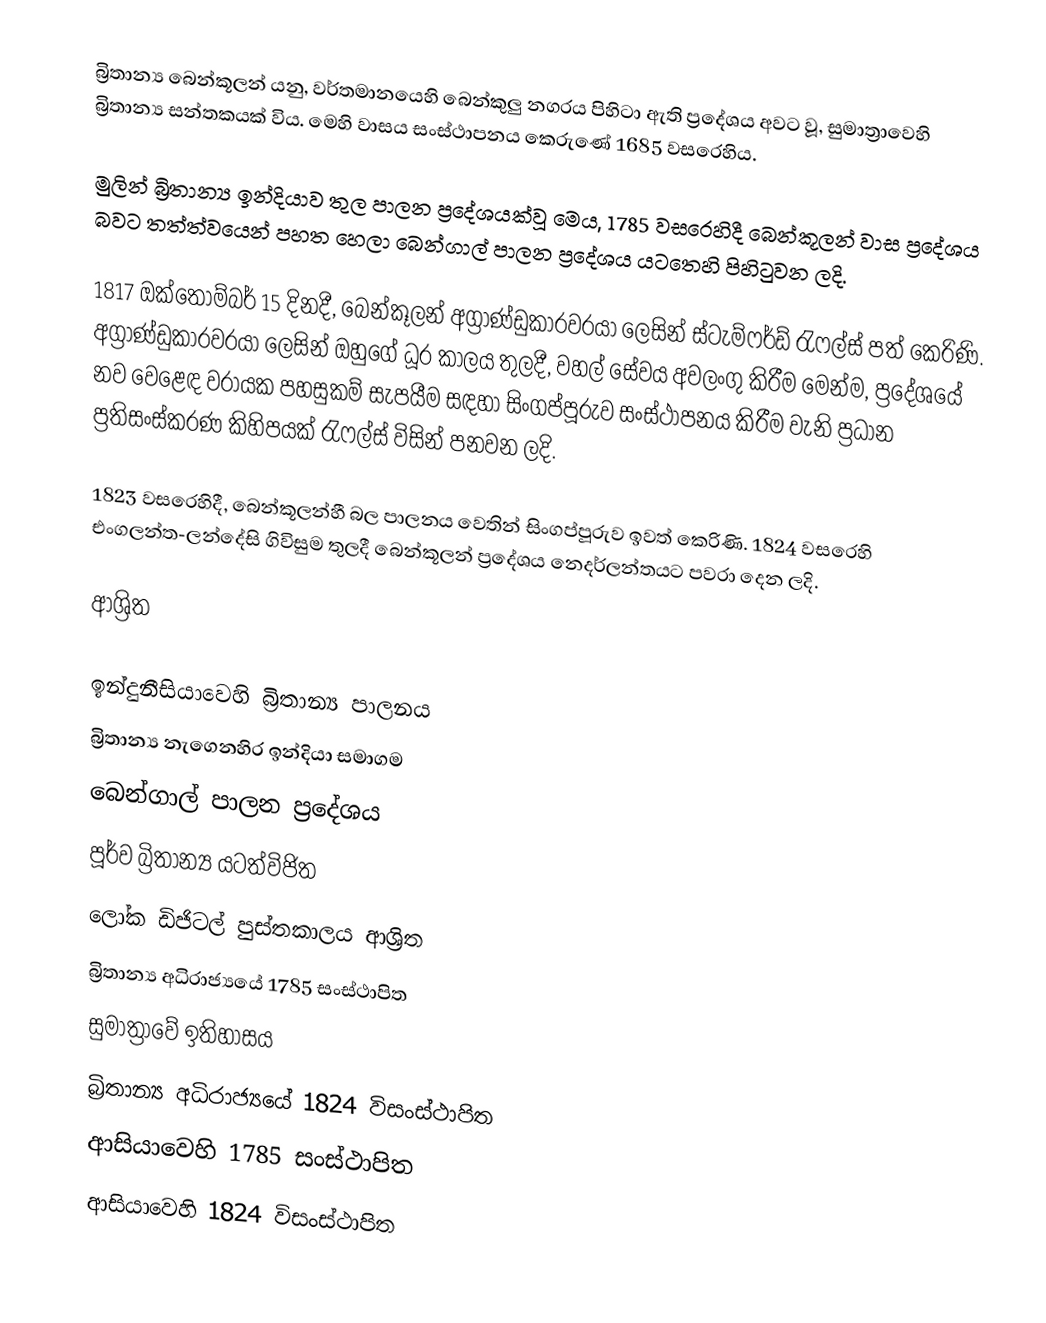
බ්‍රිතාන්‍ය බෙන්කූලන් යනු, වර්තමානයෙහි  බෙන්කුලු නගරය පිහිටා ඇති ප්‍රදේශය අවට වූ, සුමාත්‍රාවෙහි බ්‍රිතාන්‍ය සන්තකයක් විය. මෙහි වාසය සංස්ථාපනය කෙරුණේ 1685 වසරෙහිය.

මුලින් බ්‍රිතාන්‍ය ඉන්දියාව තුල පාලන ප්‍රදේශයක්වූ මෙය, 1785 වසරෙහිදී බෙන්කූලන් වාස  ප්‍රදේශය බවට තත්ත්වයෙන් පහත හෙලා  බෙන්ගාල් පාලන ප්‍රදේශය යටතෙහි පිහිටුවන ලදි.

1817 ඔක්තොම්බර් 15 දිනදී, බෙන්කූලන් අග්‍රාණ්ඩුකාරවරයා ලෙසින් ස්ටැම්ෆර්ඩ් රැෆල්ස් පත් කෙරිණි.  අග්‍රාණ්ඩුකාරවරයා ලෙසින් ඔහුගේ ධූර කාලය තුලදී, වහල් සේවය අවලංගු කිරීම මෙන්ම, ප්‍රදේශයේ නව වෙළෙඳ වරායක පහසුකම් සැපයීම සඳහා සිංගප්පූරුව සංස්ථාපනය කිරීම වැනි ප්‍රධාන ප්‍රතිසංස්කරණ කිහිපයක් රැෆල්ස් විසින් පනවන ලදි.

1823 වසරෙහිදී, බෙන්කූලන්හී බල පාලනය වෙතින් සිංගප්පූරුව ඉවත් කෙරිණි. 1824 වසරෙහි එංගලන්ත-ලන්දේසි ගිවිසුම තුලදී බෙන්කූලන් ප්‍රදේශය නෙදර්ලන්තයට පවරා දෙන ලදි.

ආශ්‍රිත

ඉන්දුනීසියාවෙහි බ්‍රිතාන්‍ය පාලනය
බ්‍රිතාන්‍ය නැගෙනහිර ඉන්දියා සමාගම
බෙන්ගාල් පාලන ප්‍රදේශය
පූර්ව බ්‍රිතාන්‍ය යටත්විජිත
ලෝක ඩිජිටල් පුස්තකාලය ආශ්‍රිත
බ්‍රිතාන්‍ය අධිරාජ්‍යයේ 1785 සංස්ථාපිත
සුමාත්‍රාවේ ඉතිහාසය
බ්‍රිතාන්‍ය අධිරාජ්‍යයේ 1824 විසංස්ථාපිත
ආසියාවෙහි 1785 සංස්ථාපිත
ආසියාවෙහි 1824 විසංස්ථාපිත